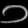
Digit: ၁